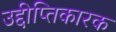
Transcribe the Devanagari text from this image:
उद्दीप्तिकारक